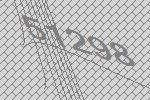
51298